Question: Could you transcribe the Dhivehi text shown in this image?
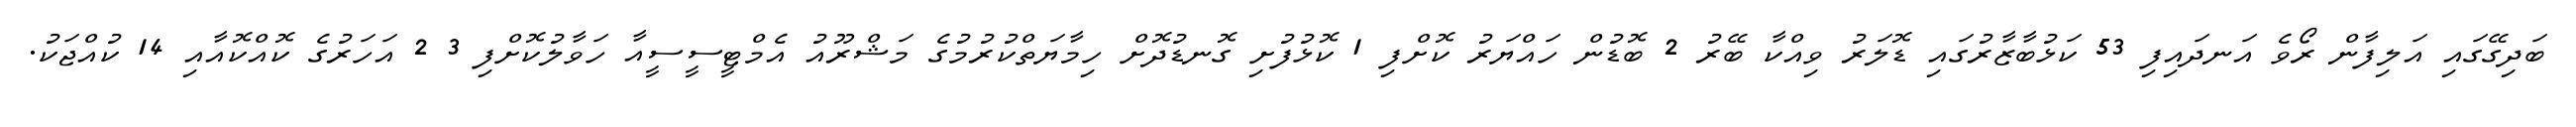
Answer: ބަދިގޭގައި އަލިފާން ރޯވެ އަނދައިފި 53 ކަޅުބާޒާރުގައި ޑޮލަރު ވިއްކާ ބޭރު 2 ބޮޑުން ހައްޔަރު ކޮށްފި 1 ކޮޅުފުށި ގޮނޑުދޮށް ހިމާޔަތްކުރުމުގެ މަޝްރޫއު އެމްޓީސީސީއާ ހަވާލުކޮށްފި 3 2 އަހަރުގެ ކޮއްކޮއާއި 14 ކުއްޖަކު.